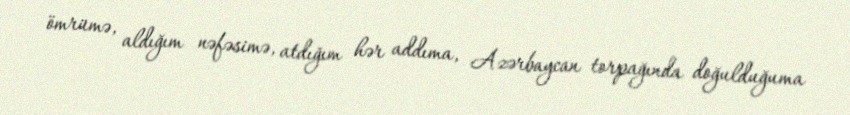
ömrümə, aldığım nəfəsimə, atdığım hər addıma, Azərbaycan torpağında doğulduğuma